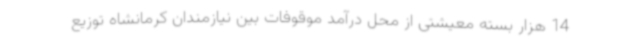
14 هزار بسته معیشتی از محل درآمد موقوفات بین نیازمندان کرمانشاه توزیع